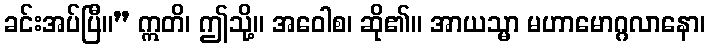
ခင်းအပ်ပြီ။” ဣတိ၊ ဤသို့။ အဝေါစ၊ ဆို၏။ အာယသ္မာ မဟာမောဂ္ဂလာနော၊